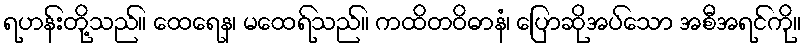
ရဟန်းတို့သည်။ ထေရေန၊ မထေရ်သည်။ ကထိတဝိဓာနံ၊ ပြောဆိုအပ်သော အစီအရင်ကို။